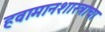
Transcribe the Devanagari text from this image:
हवामानशास्त्राचा